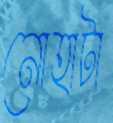
নোহাটা